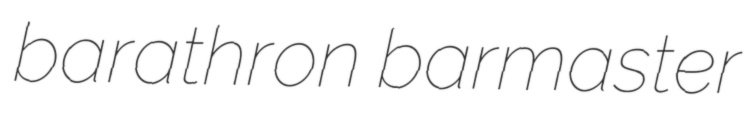
barathron barmaster